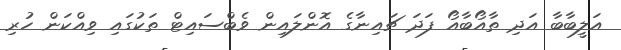
އަލީބާބާ އަދި ތާއޯބާއޯ ފަދަ ޗައިނާގެ އޮންލައިން ވެބްސައިޓް ތަކުގައި ވިއްކަން ހުރި